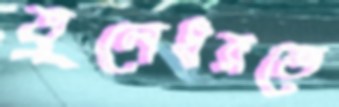
তুলেধরতে